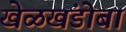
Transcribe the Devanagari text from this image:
खेळखंडोबा